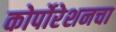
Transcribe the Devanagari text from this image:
कोर्पोरेशनचा